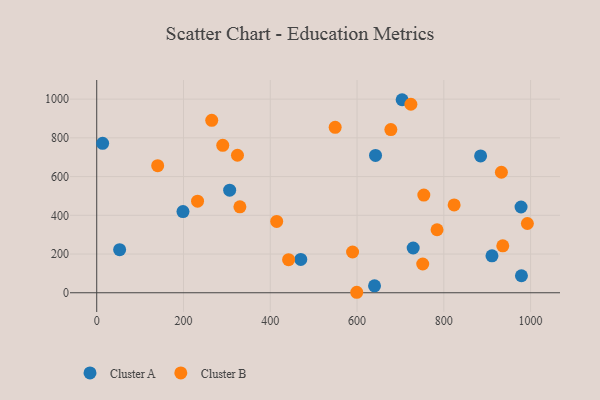
{"axis": {"x": "Study Hours", "y": "Sales"}, "legend": ["Cluster A", "Cluster B"], "data": [{"x": "642.6", "y": 709.3, "type": "Cluster A"}, {"x": "52.8", "y": 222.7, "type": "Cluster A"}, {"x": "306.4", "y": 529.9, "type": "Cluster A"}, {"x": "978.0", "y": 443.0, "type": "Cluster A"}, {"x": "13.6", "y": 772.0, "type": "Cluster A"}, {"x": "703.9", "y": 997.0, "type": "Cluster A"}, {"x": "729.4", "y": 231.2, "type": "Cluster A"}, {"x": "978.9", "y": 87.9, "type": "Cluster A"}, {"x": "470.3", "y": 172.2, "type": "Cluster A"}, {"x": "884.8", "y": 706.8, "type": "Cluster A"}, {"x": "198.8", "y": 419.2, "type": "Cluster A"}, {"x": "911.0", "y": 191.0, "type": "Cluster A"}, {"x": "640.3", "y": 35.6, "type": "Cluster A"}, {"x": "414.8", "y": 368.4, "type": "Cluster B"}, {"x": "599.3", "y": 2.5, "type": "Cluster B"}, {"x": "290.5", "y": 761.5, "type": "Cluster B"}, {"x": "753.9", "y": 504.4, "type": "Cluster B"}, {"x": "324.4", "y": 710.3, "type": "Cluster B"}, {"x": "751.4", "y": 148.5, "type": "Cluster B"}, {"x": "265.1", "y": 890.7, "type": "Cluster B"}, {"x": "784.4", "y": 325.5, "type": "Cluster B"}, {"x": "935.9", "y": 242.4, "type": "Cluster B"}, {"x": "992.6", "y": 357.6, "type": "Cluster B"}, {"x": "823.8", "y": 453.9, "type": "Cluster B"}, {"x": "724.1", "y": 973.5, "type": "Cluster B"}, {"x": "549.6", "y": 854.5, "type": "Cluster B"}, {"x": "589.7", "y": 210.5, "type": "Cluster B"}, {"x": "442.2", "y": 170.9, "type": "Cluster B"}, {"x": "330.0", "y": 443.9, "type": "Cluster B"}, {"x": "677.9", "y": 842.6, "type": "Cluster B"}, {"x": "232.4", "y": 473.2, "type": "Cluster B"}, {"x": "140.5", "y": 656.5, "type": "Cluster B"}, {"x": "932.7", "y": 622.3, "type": "Cluster B"}]}